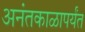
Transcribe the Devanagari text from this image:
अनंतकाळापर्यंत